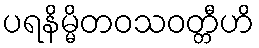
ပရနိမ္မိတဝသဝတ္တီဟိ